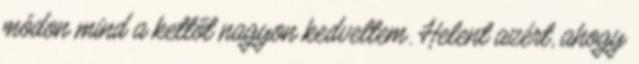
módon mind a kettőt nagyon kedveltem. Helent azért, ahogy